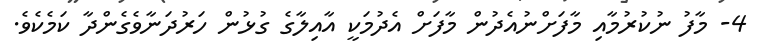
4- މާފު ނުކުރުމާއި މާފަށްނުއެދުން މާފަށް އެދުމަކީ އާއިލާގެ ގުޅުން ހަރުދަނާވެގެންދާ ކަމެކެވެ.